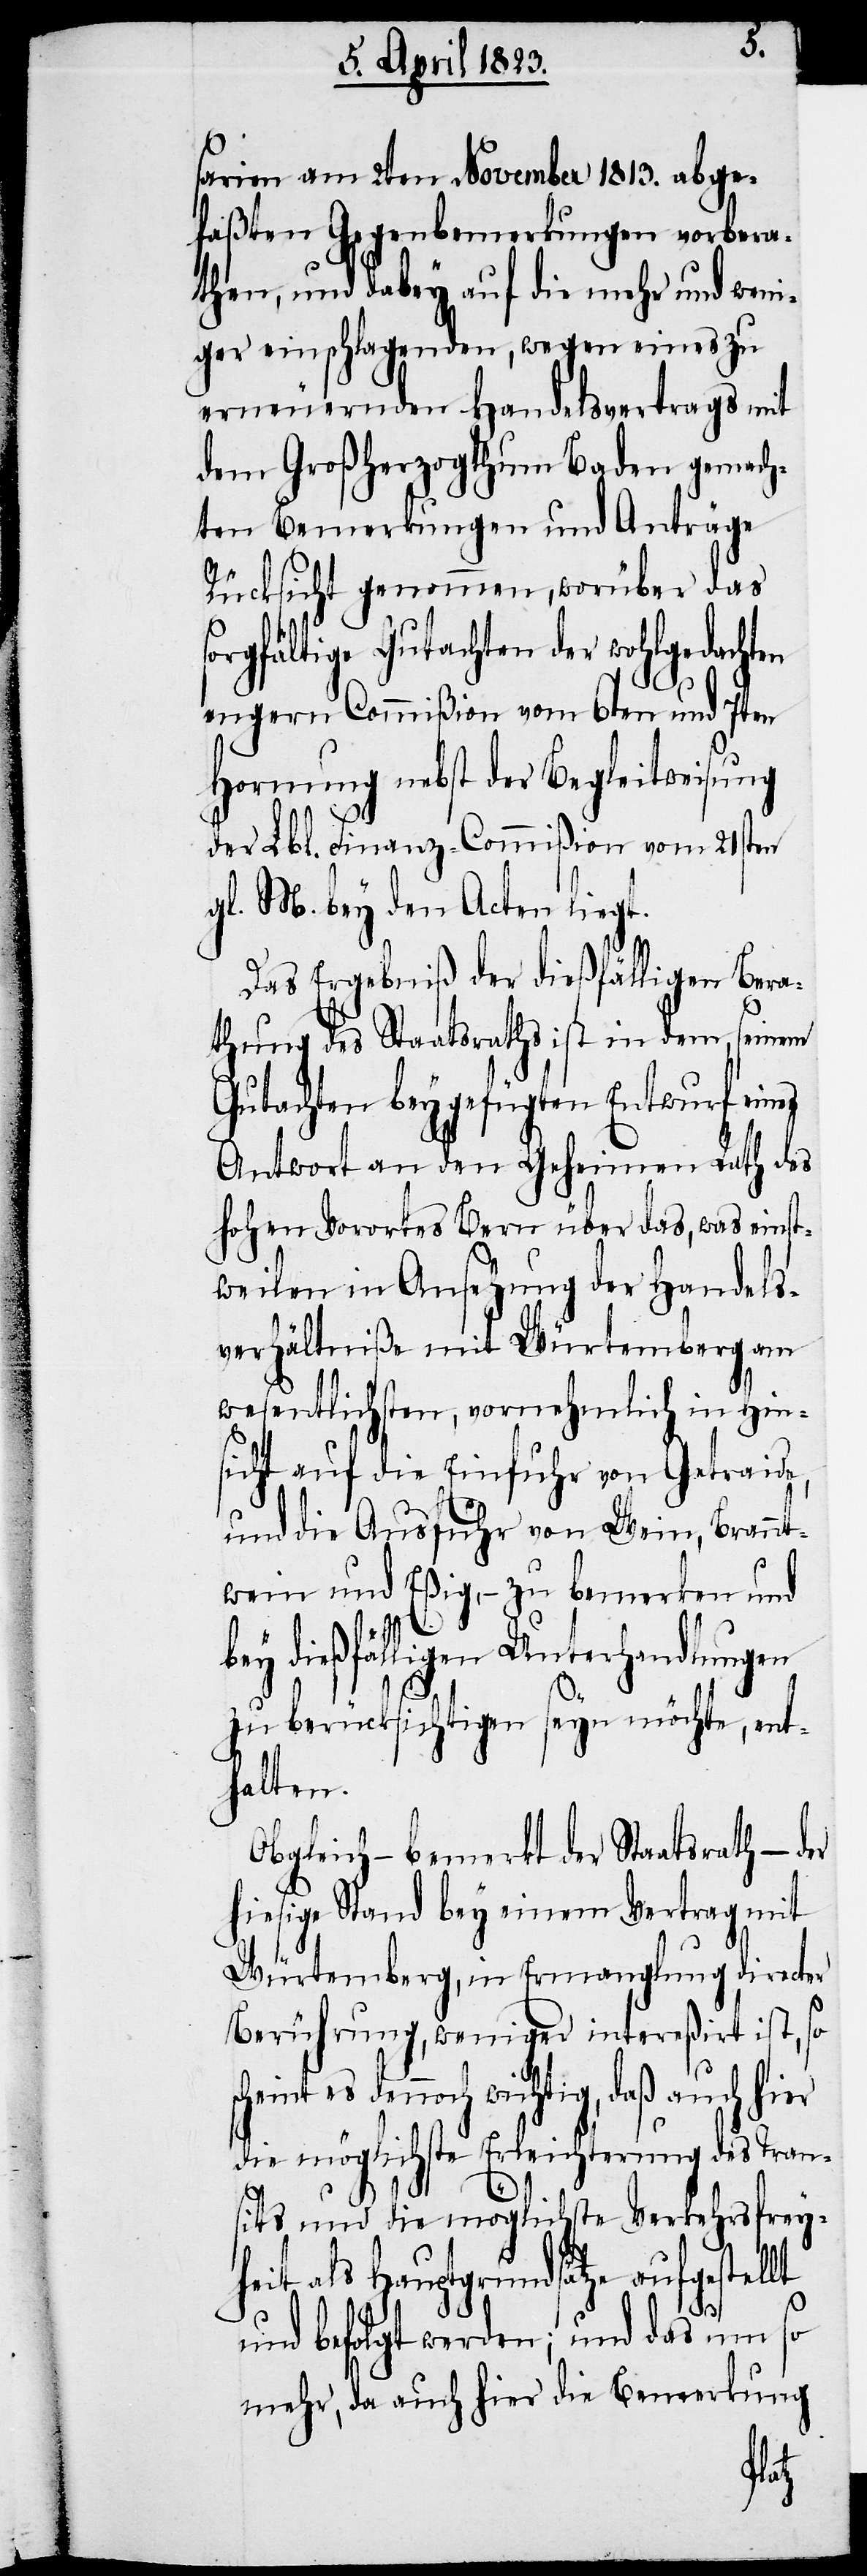
sarien am 2ten November 1813. abge¬
faßten Gegenbemerkungen vorbera¬
then, und dabey auf die mehr und weni¬
ger einschlagenden, wegen eines zu
erneuernden Handelsvertrags mit
dem Großherzogthum Baden gemach¬
ten Bemerkungen und Anträge
Rücksicht genommen, worüber das
sorgfältige Gutachten der wohlgedachten
engern Commißion vom 6ten und 7ten
Hornung nebst der Begleitweisung
er
der Lbl. Finanz-Commißion vom 21sten
gl. M. bey den Acten liegt.
Das Ergebniß der dießfälligen Bera¬
thung des Staatsraths ist in dem, seinem
Gutachten beygefügten Entwurf eines
Antwort an den Geheimen Rath des
hohen Vorortes Bern über das, was einst¬
weilen in Ansehung der Handels¬
verhältniße mit Würtemberg am
wesentlichsten, vornehmlich in Hin¬
sicht auf die Einfuhr von Getraide,
und die Ausfuhr von Wein, Brannt¬
wein und Eßig, – zu bemerken und
ey dießfälligen Unterhandlungen
zu berücksichtigen seyn möchte, ent¬
halten.
Obgleich – bemerkt der Staatsrath –
hiesige Stand bey einem Vertrag mit
Würtemberg, in Ermanglung directer
Berührung, weniger intereßirt ist, so
es dennoch wichtig, daß auch hi¬
die möglichste Erleichterung des Tran¬
sits und die möglichste Verkehrsfrey¬
heit als Hauptgrundsätze aufgestel¬
und befolgt werden; und das um so
mehr, da auch hier die Bemerkung
lt